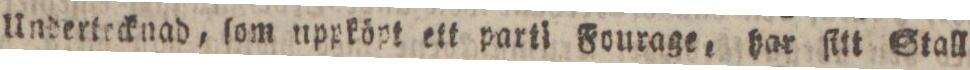
Undertecknad, ſom uppköpt ett parti Fourage, har ſitt Stall